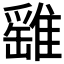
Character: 𩀘